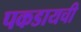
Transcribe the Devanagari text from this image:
पकडायची